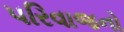
પરિવાજનો